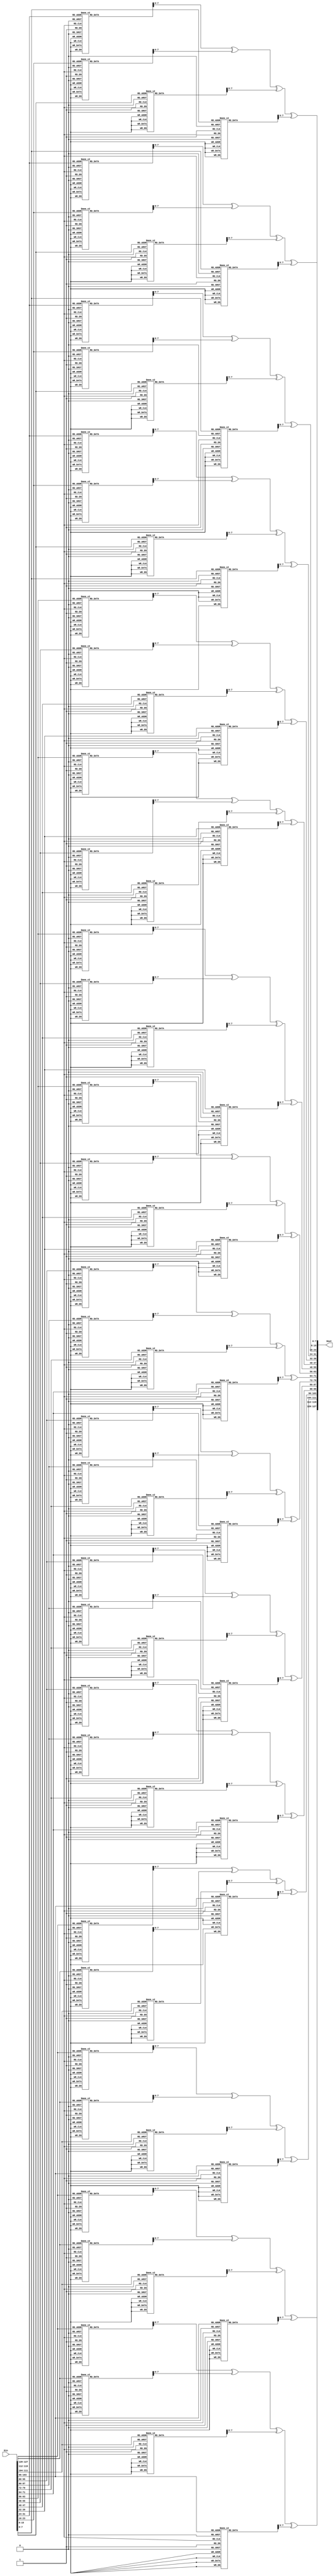


module Inv_mix_cols(output [127:0] Dout, input [127:0] Din);


	wire [7:0] b0, b1, b2, b3, b4, b5, b6, b7, b8, b9, b10, b11, b12, b13, b14, b15;
	reg [7:0] S3, S2, S1, S0, C0, C1, C2, C3, C4, C5, C6, C7, C8, C9, C10, C11, C12, C13, C14, C15;

	assign b0 = Din[7:0];
	assign b1 = Din[15:8];
	assign b2 = Din[23:16];
	assign b3 = Din[31:24];
	assign b4 = Din[39:32];
	assign b5 = Din[47:40];
	assign b6 = Din[55:48];
	assign b7 = Din[63:56];
	assign b8 = Din[71:64];
	assign b9 = Din[79:72];
	assign b10 = Din[87:80];
	assign b11 = Din[95:88];
	assign b12 = Din[103:96];
	assign b13 = Din[111:104];
	assign b14 = Din[119:112];
	assign b15 = Din[127:120];
	
	assign Dout[7:0] = C0;
	assign Dout[15:8] = C1;
	assign Dout[23:16] = C2;
	assign Dout[31:24] = C3;
	assign Dout[39:32] = C4;
	assign Dout[47:40] = C5;
	assign Dout[55:48] = C6;
	assign Dout[63:56] = C7;
	assign Dout[71:64] = C8;
	assign Dout[79:72] = C9;
	assign Dout[87:80] = C10;
	assign Dout[95:88] = C11;
	assign Dout[103:96] = C12;
	assign Dout[111:104] = C13;
	assign Dout[119:112] = C14;
	assign Dout[127:120] = C15;
	
	
	always @(*) begin
		S3 = multiply(b15, 14);
		S2 = multiply(b14, 11);
		S1 = multiply(b13, 13);
		S0 = multiply(b12, 9);
		C15 = multiply(b15, 14) ^ multiply(b14, 11) ^ multiply(b13, 13) ^ multiply(b12, 9);
		C14 = multiply(b15, 9) ^ multiply(b14, 14) ^ multiply(b13, 11) ^ multiply(b12, 13);
		C13 = multiply(b15, 13) ^ multiply(b14, 9) ^ multiply(b13, 14) ^ multiply(b12, 11);
		C12 = multiply(b15, 11) ^ multiply(b14, 13) ^ multiply(b13, 9) ^ multiply(b12, 14);		

		C11 = multiply(b11, 14) ^ multiply(b10, 11) ^ multiply(b9, 13) ^ multiply(b8, 9);
		C10 = multiply(b11, 9) ^ multiply(b10, 14) ^ multiply(b9, 11) ^ multiply(b8, 13);
		C9 = multiply(b11, 13) ^ multiply(b10, 9) ^ multiply(b9, 14) ^ multiply(b8, 11);
		C8 = multiply(b11, 11) ^ multiply(b10, 13) ^ multiply(b9, 9) ^ multiply(b8, 14);

		C7 = multiply(b7, 14) ^ multiply(b6, 11) ^ multiply(b5, 13) ^ multiply(b4, 9);
		C6 = multiply(b7, 9) ^ multiply(b6, 14) ^ multiply(b5, 11) ^ multiply(b4, 13);
		C5 = multiply(b7, 13) ^ multiply(b6, 9) ^ multiply(b5, 14) ^ multiply(b4, 11);
		C4 = multiply(b7, 11) ^ multiply(b6, 13) ^ multiply(b5, 9) ^ multiply(b4, 14);

		C3 = multiply(b3, 14) ^ multiply(b2, 11) ^ multiply(b1, 13) ^ multiply(b0, 9);
		C2 = multiply(b3, 9) ^ multiply(b2, 14) ^ multiply(b1, 11) ^ multiply(b0, 13);
		C1 = multiply(b3, 13) ^ multiply(b2, 9) ^ multiply(b1, 14) ^ multiply(b0, 11);
		C0 = multiply(b3, 11) ^ multiply(b2, 13) ^ multiply(b1, 9) ^ multiply(b0, 14);
	end
	
	function integer multiply (input integer a, input integer b);
			if (b == 9)
				multiply = lut_9(a);
			else if (b == 11)
				multiply = lut_11(a);
			else if (b == 13)
				multiply = lut_13(a);
			else if (b == 14)
				multiply = lut_14(a);
	endfunction
	
	function integer lut_9(input integer a);
		case (a)
			8'h00: lut_9 = 8'h00;
			8'h01: lut_9 = 8'h09;
			8'h02: lut_9 = 8'h12;
			8'h03: lut_9 = 8'h1B;
			8'h04: lut_9 = 8'h24;
			8'h05: lut_9 = 8'h2D;
			8'h06: lut_9 = 8'h36;
			8'h07: lut_9 = 8'h3F;
			8'h08: lut_9 = 8'h48;
			8'h09: lut_9 = 8'h41;
			8'h0A: lut_9 = 8'h5A;
			8'h0B: lut_9 = 8'h53;
			8'h0C: lut_9 = 8'h6C;
			8'h0D: lut_9 = 8'h65;
			8'h0E: lut_9 = 8'h7E;
			8'h0F: lut_9 = 8'h77;
			8'h10: lut_9 = 8'h90;
			8'h11: lut_9 = 8'h99;
			8'h12: lut_9 = 8'h82;
			8'h13: lut_9 = 8'h8B;
			8'h14: lut_9 = 8'hB4;
			8'h15: lut_9 = 8'hBD;
			8'h16: lut_9 = 8'hA6;
			8'h17: lut_9 = 8'hAF;
			8'h18: lut_9 = 8'hD8;
			8'h19: lut_9 = 8'hD1;
			8'h1A: lut_9 = 8'hCA;
			8'h1B: lut_9 = 8'hC3;
			8'h1C: lut_9 = 8'hFC;
			8'h1D: lut_9 = 8'hF5;
			8'h1E: lut_9 = 8'hEE;
			8'h1F: lut_9 = 8'hE7;
			8'h20: lut_9 = 8'h3B;
			8'h21: lut_9 = 8'h32;
			8'h22: lut_9 = 8'h29;
			8'h23: lut_9 = 8'h20;
			8'h24: lut_9 = 8'h1F;
			8'h25: lut_9 = 8'h16;
			8'h26: lut_9 = 8'h0D;
			8'h27: lut_9 = 8'h04;
			8'h28: lut_9 = 8'h73;
			8'h29: lut_9 = 8'h7A;
			8'h2A: lut_9 = 8'h61;
			8'h2B: lut_9 = 8'h68;
			8'h2C: lut_9 = 8'h57;
			8'h2D: lut_9 = 8'h5E;
			8'h2E: lut_9 = 8'h45;
			8'h2F: lut_9 = 8'h4C;
			8'h30: lut_9 = 8'hAB;
			8'h31: lut_9 = 8'hA2;
			8'h32: lut_9 = 8'hB9;
			8'h33: lut_9 = 8'hB0;
			8'h34: lut_9 = 8'h8F;
			8'h35: lut_9 = 8'h86;
			8'h36: lut_9 = 8'h9D;
			8'h37: lut_9 = 8'h94;
			8'h38: lut_9 = 8'hE3;
			8'h39: lut_9 = 8'hEA;
			8'h3A: lut_9 = 8'hF1;
			8'h3B: lut_9 = 8'hF8;
			8'h3C: lut_9 = 8'hC7;
			8'h3D: lut_9 = 8'hCE;
			8'h3E: lut_9 = 8'hD5;
			8'h3F: lut_9 = 8'hDC;
			8'h40: lut_9 = 8'h76;
			8'h41: lut_9 = 8'h7F;
			8'h42: lut_9 = 8'h64;
			8'h43: lut_9 = 8'h6D;
			8'h44: lut_9 = 8'h52;
			8'h45: lut_9 = 8'h5B;
			8'h46: lut_9 = 8'h40;
			8'h47: lut_9 = 8'h49;
			8'h48: lut_9 = 8'h3E;
			8'h49: lut_9 = 8'h37;
			8'h4A: lut_9 = 8'h2C;
			8'h4B: lut_9 = 8'h25;
			8'h4C: lut_9 = 8'h1A;
			8'h4D: lut_9 = 8'h13;
			8'h4E: lut_9 = 8'h08;
			8'h4F: lut_9 = 8'h01;
			8'h50: lut_9 = 8'hE6;
			8'h51: lut_9 = 8'hEF;
			8'h52: lut_9 = 8'hF4;
			8'h53: lut_9 = 8'hFD;
			8'h54: lut_9 = 8'hC2;
			8'h55: lut_9 = 8'hCB;
			8'h56: lut_9 = 8'hD0;
			8'h57: lut_9 = 8'hD9;
			8'h58: lut_9 = 8'hAE;
			8'h59: lut_9 = 8'hA7;
			8'h5A: lut_9 = 8'hBC;
			8'h5B: lut_9 = 8'hB5;
			8'h5C: lut_9 = 8'h8A;
			8'h5D: lut_9 = 8'h83;
			8'h5E: lut_9 = 8'h98;
			8'h5F: lut_9 = 8'h91;
			8'h60: lut_9 = 8'h4D;
			8'h61: lut_9 = 8'h44;
			8'h62: lut_9 = 8'h5F;
			8'h63: lut_9 = 8'h56;
			8'h64: lut_9 = 8'h69;
			8'h65: lut_9 = 8'h60;
			8'h66: lut_9 = 8'h7B;
			8'h67: lut_9 = 8'h72;
			8'h68: lut_9 = 8'h05;
			8'h69: lut_9 = 8'h0C;
			8'h6A: lut_9 = 8'h17;
			8'h6B: lut_9 = 8'h1E;
			8'h6C: lut_9 = 8'h21;
			8'h6D: lut_9 = 8'h28;
			8'h6E: lut_9 = 8'h33;
			8'h6F: lut_9 = 8'h3A;
			8'h70: lut_9 = 8'hDD;
			8'h71: lut_9 = 8'hD4;
			8'h72: lut_9 = 8'hCF;
			8'h73: lut_9 = 8'hC6;
			8'h74: lut_9 = 8'hF9;
			8'h75: lut_9 = 8'hF0;
			8'h76: lut_9 = 8'hEB;
			8'h77: lut_9 = 8'hE2;
			8'h78: lut_9 = 8'h95;
			8'h79: lut_9 = 8'h9C;
			8'h7A: lut_9 = 8'h87;
			8'h7B: lut_9 = 8'h8E;
			8'h7C: lut_9 = 8'hB1;
			8'h7D: lut_9 = 8'hB8;
			8'h7E: lut_9 = 8'hA3;
			8'h7F: lut_9 = 8'hAA;
			8'h80: lut_9 = 8'hEC;
			8'h81: lut_9 = 8'hE5;
			8'h82: lut_9 = 8'hFE;
			8'h83: lut_9 = 8'hF7;
			8'h84: lut_9 = 8'hC8;
			8'h85: lut_9 = 8'hC1;
			8'h86: lut_9 = 8'hDA;
			8'h87: lut_9 = 8'hD3;
			8'h88: lut_9 = 8'hA4;
			8'h89: lut_9 = 8'hAD;
			8'h8A: lut_9 = 8'hB6;
			8'h8B: lut_9 = 8'hBF;
			8'h8C: lut_9 = 8'h80;
			8'h8D: lut_9 = 8'h89;
			8'h8E: lut_9 = 8'h92;
			8'h8F: lut_9 = 8'h9B;
			8'h90: lut_9 = 8'h7C;
			8'h91: lut_9 = 8'h75;
			8'h92: lut_9 = 8'h6E;
			8'h93: lut_9 = 8'h67;
			8'h94: lut_9 = 8'h58;
			8'h95: lut_9 = 8'h51;
			8'h96: lut_9 = 8'h4A;
			8'h97: lut_9 = 8'h43;
			8'h98: lut_9 = 8'h34;
			8'h99: lut_9 = 8'h3D;
			8'h9A: lut_9 = 8'h26;
			8'h9B: lut_9 = 8'h2F;
			8'h9C: lut_9 = 8'h10;
			8'h9D: lut_9 = 8'h19;
			8'h9E: lut_9 = 8'h02;
			8'h9F: lut_9 = 8'h0B;
			8'hA0: lut_9 = 8'hD7;
			8'hA1: lut_9 = 8'hDE;
			8'hA2: lut_9 = 8'hC5;
			8'hA3: lut_9 = 8'hCC;
			8'hA4: lut_9 = 8'hF3;
			8'hA5: lut_9 = 8'hFA;
			8'hA6: lut_9 = 8'hE1;
			8'hA7: lut_9 = 8'hE8;
			8'hA8: lut_9 = 8'h9F;
			8'hA9: lut_9 = 8'h96;
			8'hAA: lut_9 = 8'h8D;
			8'hAB: lut_9 = 8'h84;
			8'hAC: lut_9 = 8'hBB;
			8'hAD: lut_9 = 8'hB2;
			8'hAE: lut_9 = 8'hA9;
			8'hAF: lut_9 = 8'hA0;
			8'hB0: lut_9 = 8'h47;
			8'hB1: lut_9 = 8'h4E;
			8'hB2: lut_9 = 8'h55;
			8'hB3: lut_9 = 8'h5C;
			8'hB4: lut_9 = 8'h63;
			8'hB5: lut_9 = 8'h6A;
			8'hB6: lut_9 = 8'h71;
			8'hB7: lut_9 = 8'h78;
			8'hB8: lut_9 = 8'h0F;
			8'hB9: lut_9 = 8'h06;
			8'hBA: lut_9 = 8'h1D;
			8'hBB: lut_9 = 8'h14;
			8'hBC: lut_9 = 8'h2B;
			8'hBD: lut_9 = 8'h22;
			8'hBE: lut_9 = 8'h39;
			8'hBF: lut_9 = 8'h30;
			8'hC0: lut_9 = 8'h9A;
			8'hC1: lut_9 = 8'h93;
			8'hC2: lut_9 = 8'h88;
			8'hC3: lut_9 = 8'h81;
			8'hC4: lut_9 = 8'hBE;
			8'hC5: lut_9 = 8'hB7;
			8'hC6: lut_9 = 8'hAC;
			8'hC7: lut_9 = 8'hA5;
			8'hC8: lut_9 = 8'hD2;
			8'hC9: lut_9 = 8'hDB;
			8'hCA: lut_9 = 8'hC0;
			8'hCB: lut_9 = 8'hC9;
			8'hCC: lut_9 = 8'hF6;
			8'hCD: lut_9 = 8'hFF;
			8'hCE: lut_9 = 8'hE4;
			8'hCF: lut_9 = 8'hED;
			8'hD0: lut_9 = 8'h0A;
			8'hD1: lut_9 = 8'h03;
			8'hD2: lut_9 = 8'h18;
			8'hD3: lut_9 = 8'h11;
			8'hD4: lut_9 = 8'h2E;
			8'hD5: lut_9 = 8'h27;
			8'hD6: lut_9 = 8'h3C;
			8'hD7: lut_9 = 8'h35;
			8'hD8: lut_9 = 8'h42;
			8'hD9: lut_9 = 8'h4B;
			8'hDA: lut_9 = 8'h50;
			8'hDB: lut_9 = 8'h59;
			8'hDC: lut_9 = 8'h66;
			8'hDD: lut_9 = 8'h6F;
			8'hDE: lut_9 = 8'h74;
			8'hDF: lut_9 = 8'h7D;
			8'hE0: lut_9 = 8'hA1;
			8'hE1: lut_9 = 8'hA8;
			8'hE2: lut_9 = 8'hB3;
			8'hE3: lut_9 = 8'hBA;
			8'hE4: lut_9 = 8'h85;
			8'hE5: lut_9 = 8'h8C;
			8'hE6: lut_9 = 8'h97;
			8'hE7: lut_9 = 8'h9E;
			8'hE8: lut_9 = 8'hE9;
			8'hE9: lut_9 = 8'hE0;
			8'hEA: lut_9 = 8'hFB;
			8'hEB: lut_9 = 8'hF2;
			8'hEC: lut_9 = 8'hCD;
			8'hED: lut_9 = 8'hC4;
			8'hEE: lut_9 = 8'hDF;
			8'hEF: lut_9 = 8'hD6;
			8'hF0: lut_9 = 8'h31;
			8'hF1: lut_9 = 8'h38;
			8'hF2: lut_9 = 8'h23;
			8'hF3: lut_9 = 8'h2A;
			8'hF4: lut_9 = 8'h15;
			8'hF5: lut_9 = 8'h1C;
			8'hF6: lut_9 = 8'h07;
			8'hF7: lut_9 = 8'h0E;
			8'hF8: lut_9 = 8'h79;
			8'hF9: lut_9 = 8'h70;
			8'hFA: lut_9 = 8'h6B;
			8'hFB: lut_9 = 8'h62;
			8'hFC: lut_9 = 8'h5D;
			8'hFD: lut_9 = 8'h54;
			8'hFE: lut_9 = 8'h4F;
			default: lut_9 = 8'h46;
		endcase
	endfunction
	
	function integer lut_11(input integer a);
		case (a)
			8'h00: lut_11 = 8'h00;
			8'h01: lut_11 = 8'h0B;
			8'h02: lut_11 = 8'h16;
			8'h03: lut_11 = 8'h1D;
			8'h04: lut_11 = 8'h2C;
			8'h05: lut_11 = 8'h27;
			8'h06: lut_11 = 8'h3A;
			8'h07: lut_11 = 8'h31;
			8'h08: lut_11 = 8'h58;
			8'h09: lut_11 = 8'h53;
			8'h0A: lut_11 = 8'h4E;
			8'h0B: lut_11 = 8'h45;
			8'h0C: lut_11 = 8'h74;
			8'h0D: lut_11 = 8'h7F;
			8'h0E: lut_11 = 8'h62;
			8'h0F: lut_11 = 8'h69;
			8'h10: lut_11 = 8'hB0;
			8'h11: lut_11 = 8'hBB;
			8'h12: lut_11 = 8'hA6;
			8'h13: lut_11 = 8'hAD;
			8'h14: lut_11 = 8'h9C;
			8'h15: lut_11 = 8'h97;
			8'h16: lut_11 = 8'h8A;
			8'h17: lut_11 = 8'h81;
			8'h18: lut_11 = 8'hE8;
			8'h19: lut_11 = 8'hE3;
			8'h1A: lut_11 = 8'hFE;
			8'h1B: lut_11 = 8'hF5;
			8'h1C: lut_11 = 8'hC4;
			8'h1D: lut_11 = 8'hCF;
			8'h1E: lut_11 = 8'hD2;
			8'h1F: lut_11 = 8'hD9;
			8'h20: lut_11 = 8'h7B;
			8'h21: lut_11 = 8'h70;
			8'h22: lut_11 = 8'h6D;
			8'h23: lut_11 = 8'h66;
			8'h24: lut_11 = 8'h57;
			8'h25: lut_11 = 8'h5C;
			8'h26: lut_11 = 8'h41;
			8'h27: lut_11 = 8'h4A;
			8'h28: lut_11 = 8'h23;
			8'h29: lut_11 = 8'h28;
			8'h2A: lut_11 = 8'h35;
			8'h2B: lut_11 = 8'h3E;
			8'h2C: lut_11 = 8'h0F;
			8'h2D: lut_11 = 8'h04;
			8'h2E: lut_11 = 8'h19;
			8'h2F: lut_11 = 8'h12;
			8'h30: lut_11 = 8'hCB;
			8'h31: lut_11 = 8'hC0;
			8'h32: lut_11 = 8'hDD;
			8'h33: lut_11 = 8'hD6;
			8'h34: lut_11 = 8'hE7;
			8'h35: lut_11 = 8'hEC;
			8'h36: lut_11 = 8'hF1;
			8'h37: lut_11 = 8'hFA;
			8'h38: lut_11 = 8'h93;
			8'h39: lut_11 = 8'h98;
			8'h3A: lut_11 = 8'h85;
			8'h3B: lut_11 = 8'h8E;
			8'h3C: lut_11 = 8'hBF;
			8'h3D: lut_11 = 8'hB4;
			8'h3E: lut_11 = 8'hA9;
			8'h3F: lut_11 = 8'hA2;
			8'h40: lut_11 = 8'hF6;
			8'h41: lut_11 = 8'hFD;
			8'h42: lut_11 = 8'hE0;
			8'h43: lut_11 = 8'hEB;
			8'h44: lut_11 = 8'hDA;
			8'h45: lut_11 = 8'hD1;
			8'h46: lut_11 = 8'hCC;
			8'h47: lut_11 = 8'hC7;
			8'h48: lut_11 = 8'hAE;
			8'h49: lut_11 = 8'hA5;
			8'h4A: lut_11 = 8'hB8;
			8'h4B: lut_11 = 8'hB3;
			8'h4C: lut_11 = 8'h82;
			8'h4D: lut_11 = 8'h89;
			8'h4E: lut_11 = 8'h94;
			8'h4F: lut_11 = 8'h9F;
			8'h50: lut_11 = 8'h46;
			8'h51: lut_11 = 8'h4D;
			8'h52: lut_11 = 8'h50;
			8'h53: lut_11 = 8'h5B;
			8'h54: lut_11 = 8'h6A;
			8'h55: lut_11 = 8'h61;
			8'h56: lut_11 = 8'h7C;
			8'h57: lut_11 = 8'h77;
			8'h58: lut_11 = 8'h1E;
			8'h59: lut_11 = 8'h15;
			8'h5A: lut_11 = 8'h08;
			8'h5B: lut_11 = 8'h03;
			8'h5C: lut_11 = 8'h32;
			8'h5D: lut_11 = 8'h39;
			8'h5E: lut_11 = 8'h24;
			8'h5F: lut_11 = 8'h2F;
			8'h60: lut_11 = 8'h8D;
			8'h61: lut_11 = 8'h86;
			8'h62: lut_11 = 8'h9B;
			8'h63: lut_11 = 8'h90;
			8'h64: lut_11 = 8'hA1;
			8'h65: lut_11 = 8'hAA;
			8'h66: lut_11 = 8'hB7;
			8'h67: lut_11 = 8'hBC;
			8'h68: lut_11 = 8'hD5;
			8'h69: lut_11 = 8'hDE;
			8'h6A: lut_11 = 8'hC3;
			8'h6B: lut_11 = 8'hC8;
			8'h6C: lut_11 = 8'hF9;
			8'h6D: lut_11 = 8'hF2;
			8'h6E: lut_11 = 8'hEF;
			8'h6F: lut_11 = 8'hE4;
			8'h70: lut_11 = 8'h3D;
			8'h71: lut_11 = 8'h36;
			8'h72: lut_11 = 8'h2B;
			8'h73: lut_11 = 8'h20;
			8'h74: lut_11 = 8'h11;
			8'h75: lut_11 = 8'h1A;
			8'h76: lut_11 = 8'h07;
			8'h77: lut_11 = 8'h0C;
			8'h78: lut_11 = 8'h65;
			8'h79: lut_11 = 8'h6E;
			8'h7A: lut_11 = 8'h73;
			8'h7B: lut_11 = 8'h78;
			8'h7C: lut_11 = 8'h49;
			8'h7D: lut_11 = 8'h42;
			8'h7E: lut_11 = 8'h5F;
			8'h7F: lut_11 = 8'h54;
			8'h80: lut_11 = 8'hF7;
			8'h81: lut_11 = 8'hFC;
			8'h82: lut_11 = 8'hE1;
			8'h83: lut_11 = 8'hEA;
			8'h84: lut_11 = 8'hDB;
			8'h85: lut_11 = 8'hD0;
			8'h86: lut_11 = 8'hCD;
			8'h87: lut_11 = 8'hC6;
			8'h88: lut_11 = 8'hAF;
			8'h89: lut_11 = 8'hA4;
			8'h8A: lut_11 = 8'hB9;
			8'h8B: lut_11 = 8'hB2;
			8'h8C: lut_11 = 8'h83;
			8'h8D: lut_11 = 8'h88;
			8'h8E: lut_11 = 8'h95;
			8'h8F: lut_11 = 8'h9E;
			8'h90: lut_11 = 8'h47;
			8'h91: lut_11 = 8'h4C;
			8'h92: lut_11 = 8'h51;
			8'h93: lut_11 = 8'h5A;
			8'h94: lut_11 = 8'h6B;
			8'h95: lut_11 = 8'h60;
			8'h96: lut_11 = 8'h7D;
			8'h97: lut_11 = 8'h76;
			8'h98: lut_11 = 8'h1F;
			8'h99: lut_11 = 8'h14;
			8'h9A: lut_11 = 8'h09;
			8'h9B: lut_11 = 8'h02;
			8'h9C: lut_11 = 8'h33;
			8'h9D: lut_11 = 8'h38;
			8'h9E: lut_11 = 8'h25;
			8'h9F: lut_11 = 8'h2E;
			8'hA0: lut_11 = 8'h8C;
			8'hA1: lut_11 = 8'h87;
			8'hA2: lut_11 = 8'h9A;
			8'hA3: lut_11 = 8'h91;
			8'hA4: lut_11 = 8'hA0;
			8'hA5: lut_11 = 8'hAB;
			8'hA6: lut_11 = 8'hB6;
			8'hA7: lut_11 = 8'hBD;
			8'hA8: lut_11 = 8'hD4;
			8'hA9: lut_11 = 8'hDF;
			8'hAA: lut_11 = 8'hC2;
			8'hAB: lut_11 = 8'hC9;
			8'hAC: lut_11 = 8'hF8;
			8'hAD: lut_11 = 8'hF3;
			8'hAE: lut_11 = 8'hEE;
			8'hAF: lut_11 = 8'hE5;
			8'hB0: lut_11 = 8'h3C;
			8'hB1: lut_11 = 8'h37;
			8'hB2: lut_11 = 8'h2A;
			8'hB3: lut_11 = 8'h21;
			8'hB4: lut_11 = 8'h10;
			8'hB5: lut_11 = 8'h1B;
			8'hB6: lut_11 = 8'h06;
			8'hB7: lut_11 = 8'h0D;
			8'hB8: lut_11 = 8'h64;
			8'hB9: lut_11 = 8'h6F;
			8'hBA: lut_11 = 8'h72;
			8'hBB: lut_11 = 8'h79;
			8'hBC: lut_11 = 8'h48;
			8'hBD: lut_11 = 8'h43;
			8'hBE: lut_11 = 8'h5E;
			8'hBF: lut_11 = 8'h55;
			8'hC0: lut_11 = 8'h01;
			8'hC1: lut_11 = 8'h0A;
			8'hC2: lut_11 = 8'h17;
			8'hC3: lut_11 = 8'h1C;
			8'hC4: lut_11 = 8'h2D;
			8'hC5: lut_11 = 8'h26;
			8'hC6: lut_11 = 8'h3B;
			8'hC7: lut_11 = 8'h30;
			8'hC8: lut_11 = 8'h59;
			8'hC9: lut_11 = 8'h52;
			8'hCA: lut_11 = 8'h4F;
			8'hCB: lut_11 = 8'h44;
			8'hCC: lut_11 = 8'h75;
			8'hCD: lut_11 = 8'h7E;
			8'hCE: lut_11 = 8'h63;
			8'hCF: lut_11 = 8'h68;
			8'hD0: lut_11 = 8'hB1;
			8'hD1: lut_11 = 8'hBA;
			8'hD2: lut_11 = 8'hA7;
			8'hD3: lut_11 = 8'hAC;
			8'hD4: lut_11 = 8'h9D;
			8'hD5: lut_11 = 8'h96;
			8'hD6: lut_11 = 8'h8B;
			8'hD7: lut_11 = 8'h80;
			8'hD8: lut_11 = 8'hE9;
			8'hD9: lut_11 = 8'hE2;
			8'hDA: lut_11 = 8'hFF;
			8'hDB: lut_11 = 8'hF4;
			8'hDC: lut_11 = 8'hC5;
			8'hDD: lut_11 = 8'hCE;
			8'hDE: lut_11 = 8'hD3;
			8'hDF: lut_11 = 8'hD8;
			8'hE0: lut_11 = 8'h7A;
			8'hE1: lut_11 = 8'h71;
			8'hE2: lut_11 = 8'h6C;
			8'hE3: lut_11 = 8'h67;
			8'hE4: lut_11 = 8'h56;
			8'hE5: lut_11 = 8'h5D;
			8'hE6: lut_11 = 8'h40;
			8'hE7: lut_11 = 8'h4B;
			8'hE8: lut_11 = 8'h22;
			8'hE9: lut_11 = 8'h29;
			8'hEA: lut_11 = 8'h34;
			8'hEB: lut_11 = 8'h3F;
			8'hEC: lut_11 = 8'h0E;
			8'hED: lut_11 = 8'h05;
			8'hEE: lut_11 = 8'h18;
			8'hEF: lut_11 = 8'h13;
			8'hF0: lut_11 = 8'hCA;
			8'hF1: lut_11 = 8'hC1;
			8'hF2: lut_11 = 8'hDC;
			8'hF3: lut_11 = 8'hD7;
			8'hF4: lut_11 = 8'hE6;
			8'hF5: lut_11 = 8'hED;
			8'hF6: lut_11 = 8'hF0;
			8'hF7: lut_11 = 8'hFB;
			8'hF8: lut_11 = 8'h92;
			8'hF9: lut_11 = 8'h99;
			8'hFA: lut_11 = 8'h84;
			8'hFB: lut_11 = 8'h8F;
			8'hFC: lut_11 = 8'hBE;
			8'hFD: lut_11 = 8'hB5;
			8'hFE: lut_11 = 8'hA8;
			default: lut_11 = 8'hA3;
		endcase
	endfunction
	
	function integer lut_13(input integer a);
		case (a)
			8'h00: lut_13 = 8'h00;
			8'h01: lut_13 = 8'h0D;
			8'h02: lut_13 = 8'h1A;
			8'h03: lut_13 = 8'h17;
			8'h04: lut_13 = 8'h34;
			8'h05: lut_13 = 8'h39;
			8'h06: lut_13 = 8'h2E;
			8'h07: lut_13 = 8'h23;
			8'h08: lut_13 = 8'h68;
			8'h09: lut_13 = 8'h65;
			8'h0A: lut_13 = 8'h72;
			8'h0B: lut_13 = 8'h7F;
			8'h0C: lut_13 = 8'h5C;
			8'h0D: lut_13 = 8'h51;
			8'h0E: lut_13 = 8'h46;
			8'h0F: lut_13 = 8'h4B;
			8'h10: lut_13 = 8'hD0;
			8'h11: lut_13 = 8'hDD;
			8'h12: lut_13 = 8'hCA;
			8'h13: lut_13 = 8'hC7;
			8'h14: lut_13 = 8'hE4;
			8'h15: lut_13 = 8'hE9;
			8'h16: lut_13 = 8'hFE;
			8'h17: lut_13 = 8'hF3;
			8'h18: lut_13 = 8'hB8;
			8'h19: lut_13 = 8'hB5;
			8'h1A: lut_13 = 8'hA2;
			8'h1B: lut_13 = 8'hAF;
			8'h1C: lut_13 = 8'h8C;
			8'h1D: lut_13 = 8'h81;
			8'h1E: lut_13 = 8'h96;
			8'h1F: lut_13 = 8'h9B;
			8'h20: lut_13 = 8'hBB;
			8'h21: lut_13 = 8'hB6;
			8'h22: lut_13 = 8'hA1;
			8'h23: lut_13 = 8'hAC;
			8'h24: lut_13 = 8'h8F;
			8'h25: lut_13 = 8'h82;
			8'h26: lut_13 = 8'h95;
			8'h27: lut_13 = 8'h98;
			8'h28: lut_13 = 8'hD3;
			8'h29: lut_13 = 8'hDE;
			8'h2A: lut_13 = 8'hC9;
			8'h2B: lut_13 = 8'hC4;
			8'h2C: lut_13 = 8'hE7;
			8'h2D: lut_13 = 8'hEA;
			8'h2E: lut_13 = 8'hFD;
			8'h2F: lut_13 = 8'hF0;
			8'h30: lut_13 = 8'h6B;
			8'h31: lut_13 = 8'h66;
			8'h32: lut_13 = 8'h71;
			8'h33: lut_13 = 8'h7C;
			8'h34: lut_13 = 8'h5F;
			8'h35: lut_13 = 8'h52;
			8'h36: lut_13 = 8'h45;
			8'h37: lut_13 = 8'h48;
			8'h38: lut_13 = 8'h03;
			8'h39: lut_13 = 8'h0E;
			8'h3A: lut_13 = 8'h19;
			8'h3B: lut_13 = 8'h14;
			8'h3C: lut_13 = 8'h37;
			8'h3D: lut_13 = 8'h3A;
			8'h3E: lut_13 = 8'h2D;
			8'h3F: lut_13 = 8'h20;
			8'h40: lut_13 = 8'h6D;
			8'h41: lut_13 = 8'h60;
			8'h42: lut_13 = 8'h77;
			8'h43: lut_13 = 8'h7A;
			8'h44: lut_13 = 8'h59;
			8'h45: lut_13 = 8'h54;
			8'h46: lut_13 = 8'h43;
			8'h47: lut_13 = 8'h4E;
			8'h48: lut_13 = 8'h05;
			8'h49: lut_13 = 8'h08;
			8'h4A: lut_13 = 8'h1F;
			8'h4B: lut_13 = 8'h12;
			8'h4C: lut_13 = 8'h31;
			8'h4D: lut_13 = 8'h3C;
			8'h4E: lut_13 = 8'h2B;
			8'h4F: lut_13 = 8'h26;
			8'h50: lut_13 = 8'hBD;
			8'h51: lut_13 = 8'hB0;
			8'h52: lut_13 = 8'hA7;
			8'h53: lut_13 = 8'hAA;
			8'h54: lut_13 = 8'h89;
			8'h55: lut_13 = 8'h84;
			8'h56: lut_13 = 8'h93;
			8'h57: lut_13 = 8'h9E;
			8'h58: lut_13 = 8'hD5;
			8'h59: lut_13 = 8'hD8;
			8'h5A: lut_13 = 8'hCF;
			8'h5B: lut_13 = 8'hC2;
			8'h5C: lut_13 = 8'hE1;
			8'h5D: lut_13 = 8'hEC;
			8'h5E: lut_13 = 8'hFB;
			8'h5F: lut_13 = 8'hF6;
			8'h60: lut_13 = 8'hD6;
			8'h61: lut_13 = 8'hDB;
			8'h62: lut_13 = 8'hCC;
			8'h63: lut_13 = 8'hC1;
			8'h64: lut_13 = 8'hE2;
			8'h65: lut_13 = 8'hEF;
			8'h66: lut_13 = 8'hF8;
			8'h67: lut_13 = 8'hF5;
			8'h68: lut_13 = 8'hBE;
			8'h69: lut_13 = 8'hB3;
			8'h6A: lut_13 = 8'hA4;
			8'h6B: lut_13 = 8'hA9;
			8'h6C: lut_13 = 8'h8A;
			8'h6D: lut_13 = 8'h87;
			8'h6E: lut_13 = 8'h90;
			8'h6F: lut_13 = 8'h9D;
			8'h70: lut_13 = 8'h06;
			8'h71: lut_13 = 8'h0B;
			8'h72: lut_13 = 8'h1C;
			8'h73: lut_13 = 8'h11;
			8'h74: lut_13 = 8'h32;
			8'h75: lut_13 = 8'h3F;
			8'h76: lut_13 = 8'h28;
			8'h77: lut_13 = 8'h25;
			8'h78: lut_13 = 8'h6E;
			8'h79: lut_13 = 8'h63;
			8'h7A: lut_13 = 8'h74;
			8'h7B: lut_13 = 8'h79;
			8'h7C: lut_13 = 8'h5A;
			8'h7D: lut_13 = 8'h57;
			8'h7E: lut_13 = 8'h40;
			8'h7F: lut_13 = 8'h4D;
			8'h80: lut_13 = 8'hDA;
			8'h81: lut_13 = 8'hD7;
			8'h82: lut_13 = 8'hC0;
			8'h83: lut_13 = 8'hCD;
			8'h84: lut_13 = 8'hEE;
			8'h85: lut_13 = 8'hE3;
			8'h86: lut_13 = 8'hF4;
			8'h87: lut_13 = 8'hF9;
			8'h88: lut_13 = 8'hB2;
			8'h89: lut_13 = 8'hBF;
			8'h8A: lut_13 = 8'hA8;
			8'h8B: lut_13 = 8'hA5;
			8'h8C: lut_13 = 8'h86;
			8'h8D: lut_13 = 8'h8B;
			8'h8E: lut_13 = 8'h9C;
			8'h8F: lut_13 = 8'h91;
			8'h90: lut_13 = 8'h0A;
			8'h91: lut_13 = 8'h07;
			8'h92: lut_13 = 8'h10;
			8'h93: lut_13 = 8'h1D;
			8'h94: lut_13 = 8'h3E;
			8'h95: lut_13 = 8'h33;
			8'h96: lut_13 = 8'h24;
			8'h97: lut_13 = 8'h29;
			8'h98: lut_13 = 8'h62;
			8'h99: lut_13 = 8'h6F;
			8'h9A: lut_13 = 8'h78;
			8'h9B: lut_13 = 8'h75;
			8'h9C: lut_13 = 8'h56;
			8'h9D: lut_13 = 8'h5B;
			8'h9E: lut_13 = 8'h4C;
			8'h9F: lut_13 = 8'h41;
			8'hA0: lut_13 = 8'h61;
			8'hA1: lut_13 = 8'h6C;
			8'hA2: lut_13 = 8'h7B;
			8'hA3: lut_13 = 8'h76;
			8'hA4: lut_13 = 8'h55;
			8'hA5: lut_13 = 8'h58;
			8'hA6: lut_13 = 8'h4F;
			8'hA7: lut_13 = 8'h42;
			8'hA8: lut_13 = 8'h09;
			8'hA9: lut_13 = 8'h04;
			8'hAA: lut_13 = 8'h13;
			8'hAB: lut_13 = 8'h1E;
			8'hAC: lut_13 = 8'h3D;
			8'hAD: lut_13 = 8'h30;
			8'hAE: lut_13 = 8'h27;
			8'hAF: lut_13 = 8'h2A;
			8'hB0: lut_13 = 8'hB1;
			8'hB1: lut_13 = 8'hBC;
			8'hB2: lut_13 = 8'hAB;
			8'hB3: lut_13 = 8'hA6;
			8'hB4: lut_13 = 8'h85;
			8'hB5: lut_13 = 8'h88;
			8'hB6: lut_13 = 8'h9F;
			8'hB7: lut_13 = 8'h92;
			8'hB8: lut_13 = 8'hD9;
			8'hB9: lut_13 = 8'hD4;
			8'hBA: lut_13 = 8'hC3;
			8'hBB: lut_13 = 8'hCE;
			8'hBC: lut_13 = 8'hED;
			8'hBD: lut_13 = 8'hE0;
			8'hBE: lut_13 = 8'hF7;
			8'hBF: lut_13 = 8'hFA;
			8'hC0: lut_13 = 8'hB7;
			8'hC1: lut_13 = 8'hBA;
			8'hC2: lut_13 = 8'hAD;
			8'hC3: lut_13 = 8'hA0;
			8'hC4: lut_13 = 8'h83;
			8'hC5: lut_13 = 8'h8E;
			8'hC6: lut_13 = 8'h99;
			8'hC7: lut_13 = 8'h94;
			8'hC8: lut_13 = 8'hDF;
			8'hC9: lut_13 = 8'hD2;
			8'hCA: lut_13 = 8'hC5;
			8'hCB: lut_13 = 8'hC8;
			8'hCC: lut_13 = 8'hEB;
			8'hCD: lut_13 = 8'hE6;
			8'hCE: lut_13 = 8'hF1;
			8'hCF: lut_13 = 8'hFC;
			8'hD0: lut_13 = 8'h67;
			8'hD1: lut_13 = 8'h6A;
			8'hD2: lut_13 = 8'h7D;
			8'hD3: lut_13 = 8'h70;
			8'hD4: lut_13 = 8'h53;
			8'hD5: lut_13 = 8'h5E;
			8'hD6: lut_13 = 8'h49;
			8'hD7: lut_13 = 8'h44;
			8'hD8: lut_13 = 8'h0F;
			8'hD9: lut_13 = 8'h02;
			8'hDA: lut_13 = 8'h15;
			8'hDB: lut_13 = 8'h18;
			8'hDC: lut_13 = 8'h3B;
			8'hDD: lut_13 = 8'h36;
			8'hDE: lut_13 = 8'h21;
			8'hDF: lut_13 = 8'h2C;
			8'hE0: lut_13 = 8'h0C;
			8'hE1: lut_13 = 8'h01;
			8'hE2: lut_13 = 8'h16;
			8'hE3: lut_13 = 8'h1B;
			8'hE4: lut_13 = 8'h38;
			8'hE5: lut_13 = 8'h35;
			8'hE6: lut_13 = 8'h22;
			8'hE7: lut_13 = 8'h2F;
			8'hE8: lut_13 = 8'h64;
			8'hE9: lut_13 = 8'h69;
			8'hEA: lut_13 = 8'h7E;
			8'hEB: lut_13 = 8'h73;
			8'hEC: lut_13 = 8'h50;
			8'hED: lut_13 = 8'h5D;
			8'hEE: lut_13 = 8'h4A;
			8'hEF: lut_13 = 8'h47;
			8'hF0: lut_13 = 8'hDC;
			8'hF1: lut_13 = 8'hD1;
			8'hF2: lut_13 = 8'hC6;
			8'hF3: lut_13 = 8'hCB;
			8'hF4: lut_13 = 8'hE8;
			8'hF5: lut_13 = 8'hE5;
			8'hF6: lut_13 = 8'hF2;
			8'hF7: lut_13 = 8'hFF;
			8'hF8: lut_13 = 8'hB4;
			8'hF9: lut_13 = 8'hB9;
			8'hFA: lut_13 = 8'hAE;
			8'hFB: lut_13 = 8'hA3;
			8'hFC: lut_13 = 8'h80;
			8'hFD: lut_13 = 8'h8D;
			8'hFE: lut_13 = 8'h9A;
			default: lut_13 = 8'h97;
		endcase
	endfunction
	
	function integer lut_14(input integer a);
		case (a)
			8'h00: lut_14 = 8'h00;
			8'h01: lut_14 = 8'h0E;
			8'h02: lut_14 = 8'h1C;
			8'h03: lut_14 = 8'h12;
			8'h04: lut_14 = 8'h38;
			8'h05: lut_14 = 8'h36;
			8'h06: lut_14 = 8'h24;
			8'h07: lut_14 = 8'h2A;
			8'h08: lut_14 = 8'h70;
			8'h09: lut_14 = 8'h7E;
			8'h0A: lut_14 = 8'h6C;
			8'h0B: lut_14 = 8'h62;
			8'h0C: lut_14 = 8'h48;
			8'h0D: lut_14 = 8'h46;
			8'h0E: lut_14 = 8'h54;
			8'h0F: lut_14 = 8'h5A;
			8'h10: lut_14 = 8'hE0;
			8'h11: lut_14 = 8'hEE;
			8'h12: lut_14 = 8'hFC;
			8'h13: lut_14 = 8'hF2;
			8'h14: lut_14 = 8'hD8;
			8'h15: lut_14 = 8'hD6;
			8'h16: lut_14 = 8'hC4;
			8'h17: lut_14 = 8'hCA;
			8'h18: lut_14 = 8'h90;
			8'h19: lut_14 = 8'h9E;
			8'h1A: lut_14 = 8'h8C;
			8'h1B: lut_14 = 8'h82;
			8'h1C: lut_14 = 8'hA8;
			8'h1D: lut_14 = 8'hA6;
			8'h1E: lut_14 = 8'hB4;
			8'h1F: lut_14 = 8'hBA;
			8'h20: lut_14 = 8'hDB;
			8'h21: lut_14 = 8'hD5;
			8'h22: lut_14 = 8'hC7;
			8'h23: lut_14 = 8'hC9;
			8'h24: lut_14 = 8'hE3;
			8'h25: lut_14 = 8'hED;
			8'h26: lut_14 = 8'hFF;
			8'h27: lut_14 = 8'hF1;
			8'h28: lut_14 = 8'hAB;
			8'h29: lut_14 = 8'hA5;
			8'h2A: lut_14 = 8'hB7;
			8'h2B: lut_14 = 8'hB9;
			8'h2C: lut_14 = 8'h93;
			8'h2D: lut_14 = 8'h9D;
			8'h2E: lut_14 = 8'h8F;
			8'h2F: lut_14 = 8'h81;
			8'h30: lut_14 = 8'h3B;
			8'h31: lut_14 = 8'h35;
			8'h32: lut_14 = 8'h27;
			8'h33: lut_14 = 8'h29;
			8'h34: lut_14 = 8'h03;
			8'h35: lut_14 = 8'h0D;
			8'h36: lut_14 = 8'h1F;
			8'h37: lut_14 = 8'h11;
			8'h38: lut_14 = 8'h4B;
			8'h39: lut_14 = 8'h45;
			8'h3A: lut_14 = 8'h57;
			8'h3B: lut_14 = 8'h59;
			8'h3C: lut_14 = 8'h73;
			8'h3D: lut_14 = 8'h7D;
			8'h3E: lut_14 = 8'h6F;
			8'h3F: lut_14 = 8'h61;
			8'h40: lut_14 = 8'hAD;
			8'h41: lut_14 = 8'hA3;
			8'h42: lut_14 = 8'hB1;
			8'h43: lut_14 = 8'hBF;
			8'h44: lut_14 = 8'h95;
			8'h45: lut_14 = 8'h9B;
			8'h46: lut_14 = 8'h89;
			8'h47: lut_14 = 8'h87;
			8'h48: lut_14 = 8'hDD;
			8'h49: lut_14 = 8'hD3;
			8'h4A: lut_14 = 8'hC1;
			8'h4B: lut_14 = 8'hCF;
			8'h4C: lut_14 = 8'hE5;
			8'h4D: lut_14 = 8'hEB;
			8'h4E: lut_14 = 8'hF9;
			8'h4F: lut_14 = 8'hF7;
			8'h50: lut_14 = 8'h4D;
			8'h51: lut_14 = 8'h43;
			8'h52: lut_14 = 8'h51;
			8'h53: lut_14 = 8'h5F;
			8'h54: lut_14 = 8'h75;
			8'h55: lut_14 = 8'h7B;
			8'h56: lut_14 = 8'h69;
			8'h57: lut_14 = 8'h67;
			8'h58: lut_14 = 8'h3D;
			8'h59: lut_14 = 8'h33;
			8'h5A: lut_14 = 8'h21;
			8'h5B: lut_14 = 8'h2F;
			8'h5C: lut_14 = 8'h05;
			8'h5D: lut_14 = 8'h0B;
			8'h5E: lut_14 = 8'h19;
			8'h5F: lut_14 = 8'h17;
			8'h60: lut_14 = 8'h76;
			8'h61: lut_14 = 8'h78;
			8'h62: lut_14 = 8'h6A;
			8'h63: lut_14 = 8'h64;
			8'h64: lut_14 = 8'h4E;
			8'h65: lut_14 = 8'h40;
			8'h66: lut_14 = 8'h52;
			8'h67: lut_14 = 8'h5C;
			8'h68: lut_14 = 8'h06;
			8'h69: lut_14 = 8'h08;
			8'h6A: lut_14 = 8'h1A;
			8'h6B: lut_14 = 8'h14;
			8'h6C: lut_14 = 8'h3E;
			8'h6D: lut_14 = 8'h30;
			8'h6E: lut_14 = 8'h22;
			8'h6F: lut_14 = 8'h2C;
			8'h70: lut_14 = 8'h96;
			8'h71: lut_14 = 8'h98;
			8'h72: lut_14 = 8'h8A;
			8'h73: lut_14 = 8'h84;
			8'h74: lut_14 = 8'hAE;
			8'h75: lut_14 = 8'hA0;
			8'h76: lut_14 = 8'hB2;
			8'h77: lut_14 = 8'hBC;
			8'h78: lut_14 = 8'hE6;
			8'h79: lut_14 = 8'hE8;
			8'h7A: lut_14 = 8'hFA;
			8'h7B: lut_14 = 8'hF4;
			8'h7C: lut_14 = 8'hDE;
			8'h7D: lut_14 = 8'hD0;
			8'h7E: lut_14 = 8'hC2;
			8'h7F: lut_14 = 8'hCC;
			8'h80: lut_14 = 8'h41;
			8'h81: lut_14 = 8'h4F;
			8'h82: lut_14 = 8'h5D;
			8'h83: lut_14 = 8'h53;
			8'h84: lut_14 = 8'h79;
			8'h85: lut_14 = 8'h77;
			8'h86: lut_14 = 8'h65;
			8'h87: lut_14 = 8'h6B;
			8'h88: lut_14 = 8'h31;
			8'h89: lut_14 = 8'h3F;
			8'h8A: lut_14 = 8'h2D;
			8'h8B: lut_14 = 8'h23;
			8'h8C: lut_14 = 8'h09;
			8'h8D: lut_14 = 8'h07;
			8'h8E: lut_14 = 8'h15;
			8'h8F: lut_14 = 8'h1B;
			8'h90: lut_14 = 8'hA1;
			8'h91: lut_14 = 8'hAF;
			8'h92: lut_14 = 8'hBD;
			8'h93: lut_14 = 8'hB3;
			8'h94: lut_14 = 8'h99;
			8'h95: lut_14 = 8'h97;
			8'h96: lut_14 = 8'h85;
			8'h97: lut_14 = 8'h8B;
			8'h98: lut_14 = 8'hD1;
			8'h99: lut_14 = 8'hDF;
			8'h9A: lut_14 = 8'hCD;
			8'h9B: lut_14 = 8'hC3;
			8'h9C: lut_14 = 8'hE9;
			8'h9D: lut_14 = 8'hE7;
			8'h9E: lut_14 = 8'hF5;
			8'h9F: lut_14 = 8'hFB;
			8'hA0: lut_14 = 8'h9A;
			8'hA1: lut_14 = 8'h94;
			8'hA2: lut_14 = 8'h86;
			8'hA3: lut_14 = 8'h88;
			8'hA4: lut_14 = 8'hA2;
			8'hA5: lut_14 = 8'hAC;
			8'hA6: lut_14 = 8'hBE;
			8'hA7: lut_14 = 8'hB0;
			8'hA8: lut_14 = 8'hEA;
			8'hA9: lut_14 = 8'hE4;
			8'hAA: lut_14 = 8'hF6;
			8'hAB: lut_14 = 8'hF8;
			8'hAC: lut_14 = 8'hD2;
			8'hAD: lut_14 = 8'hDC;
			8'hAE: lut_14 = 8'hCE;
			8'hAF: lut_14 = 8'hC0;
			8'hB0: lut_14 = 8'h7A;
			8'hB1: lut_14 = 8'h74;
			8'hB2: lut_14 = 8'h66;
			8'hB3: lut_14 = 8'h68;
			8'hB4: lut_14 = 8'h42;
			8'hB5: lut_14 = 8'h4C;
			8'hB6: lut_14 = 8'h5E;
			8'hB7: lut_14 = 8'h50;
			8'hB8: lut_14 = 8'h0A;
			8'hB9: lut_14 = 8'h04;
			8'hBA: lut_14 = 8'h16;
			8'hBB: lut_14 = 8'h18;
			8'hBC: lut_14 = 8'h32;
			8'hBD: lut_14 = 8'h3C;
			8'hBE: lut_14 = 8'h2E;
			8'hBF: lut_14 = 8'h20;
			8'hC0: lut_14 = 8'hEC;
			8'hC1: lut_14 = 8'hE2;
			8'hC2: lut_14 = 8'hF0;
			8'hC3: lut_14 = 8'hFE;
			8'hC4: lut_14 = 8'hD4;
			8'hC5: lut_14 = 8'hDA;
			8'hC6: lut_14 = 8'hC8;
			8'hC7: lut_14 = 8'hC6;
			8'hC8: lut_14 = 8'h9C;
			8'hC9: lut_14 = 8'h92;
			8'hCA: lut_14 = 8'h80;
			8'hCB: lut_14 = 8'h8E;
			8'hCC: lut_14 = 8'hA4;
			8'hCD: lut_14 = 8'hAA;
			8'hCE: lut_14 = 8'hB8;
			8'hCF: lut_14 = 8'hB6;
			8'hD0: lut_14 = 8'h0C;
			8'hD1: lut_14 = 8'h02;
			8'hD2: lut_14 = 8'h10;
			8'hD3: lut_14 = 8'h1E;
			8'hD4: lut_14 = 8'h34;
			8'hD5: lut_14 = 8'h3A;
			8'hD6: lut_14 = 8'h28;
			8'hD7: lut_14 = 8'h26;
			8'hD8: lut_14 = 8'h7C;
			8'hD9: lut_14 = 8'h72;
			8'hDA: lut_14 = 8'h60;
			8'hDB: lut_14 = 8'h6E;
			8'hDC: lut_14 = 8'h44;
			8'hDD: lut_14 = 8'h4A;
			8'hDE: lut_14 = 8'h58;
			8'hDF: lut_14 = 8'h56;
			8'hE0: lut_14 = 8'h37;
			8'hE1: lut_14 = 8'h39;
			8'hE2: lut_14 = 8'h2B;
			8'hE3: lut_14 = 8'h25;
			8'hE4: lut_14 = 8'h0F;
			8'hE5: lut_14 = 8'h01;
			8'hE6: lut_14 = 8'h13;
			8'hE7: lut_14 = 8'h1D;
			8'hE8: lut_14 = 8'h47;
			8'hE9: lut_14 = 8'h49;
			8'hEA: lut_14 = 8'h5B;
			8'hEB: lut_14 = 8'h55;
			8'hEC: lut_14 = 8'h7F;
			8'hED: lut_14 = 8'h71;
			8'hEE: lut_14 = 8'h63;
			8'hEF: lut_14 = 8'h6D;
			8'hF0: lut_14 = 8'hD7;
			8'hF1: lut_14 = 8'hD9;
			8'hF2: lut_14 = 8'hCB;
			8'hF3: lut_14 = 8'hC5;
			8'hF4: lut_14 = 8'hEF;
			8'hF5: lut_14 = 8'hE1;
			8'hF6: lut_14 = 8'hF3;
			8'hF7: lut_14 = 8'hFD;
			8'hF8: lut_14 = 8'hA7;
			8'hF9: lut_14 = 8'hA9;
			8'hFA: lut_14 = 8'hBB;
			8'hFB: lut_14 = 8'hB5;
			8'hFC: lut_14 = 8'h9F;
			8'hFD: lut_14 = 8'h91;
			8'hFE: lut_14 = 8'h83;
			default: lut_14 = 8'h8D;
		endcase

	endfunction
endmodule